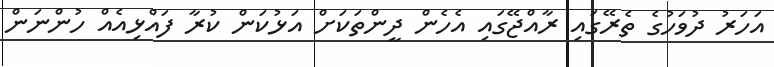
އަހަރު ދުވަހުގެ ތެރޭގައި ރާއްޖޭގައި އެހެން ދީންތަކަށް އަޅުކަން ކުރާ ފައްޅިއެއް ހުންނަން